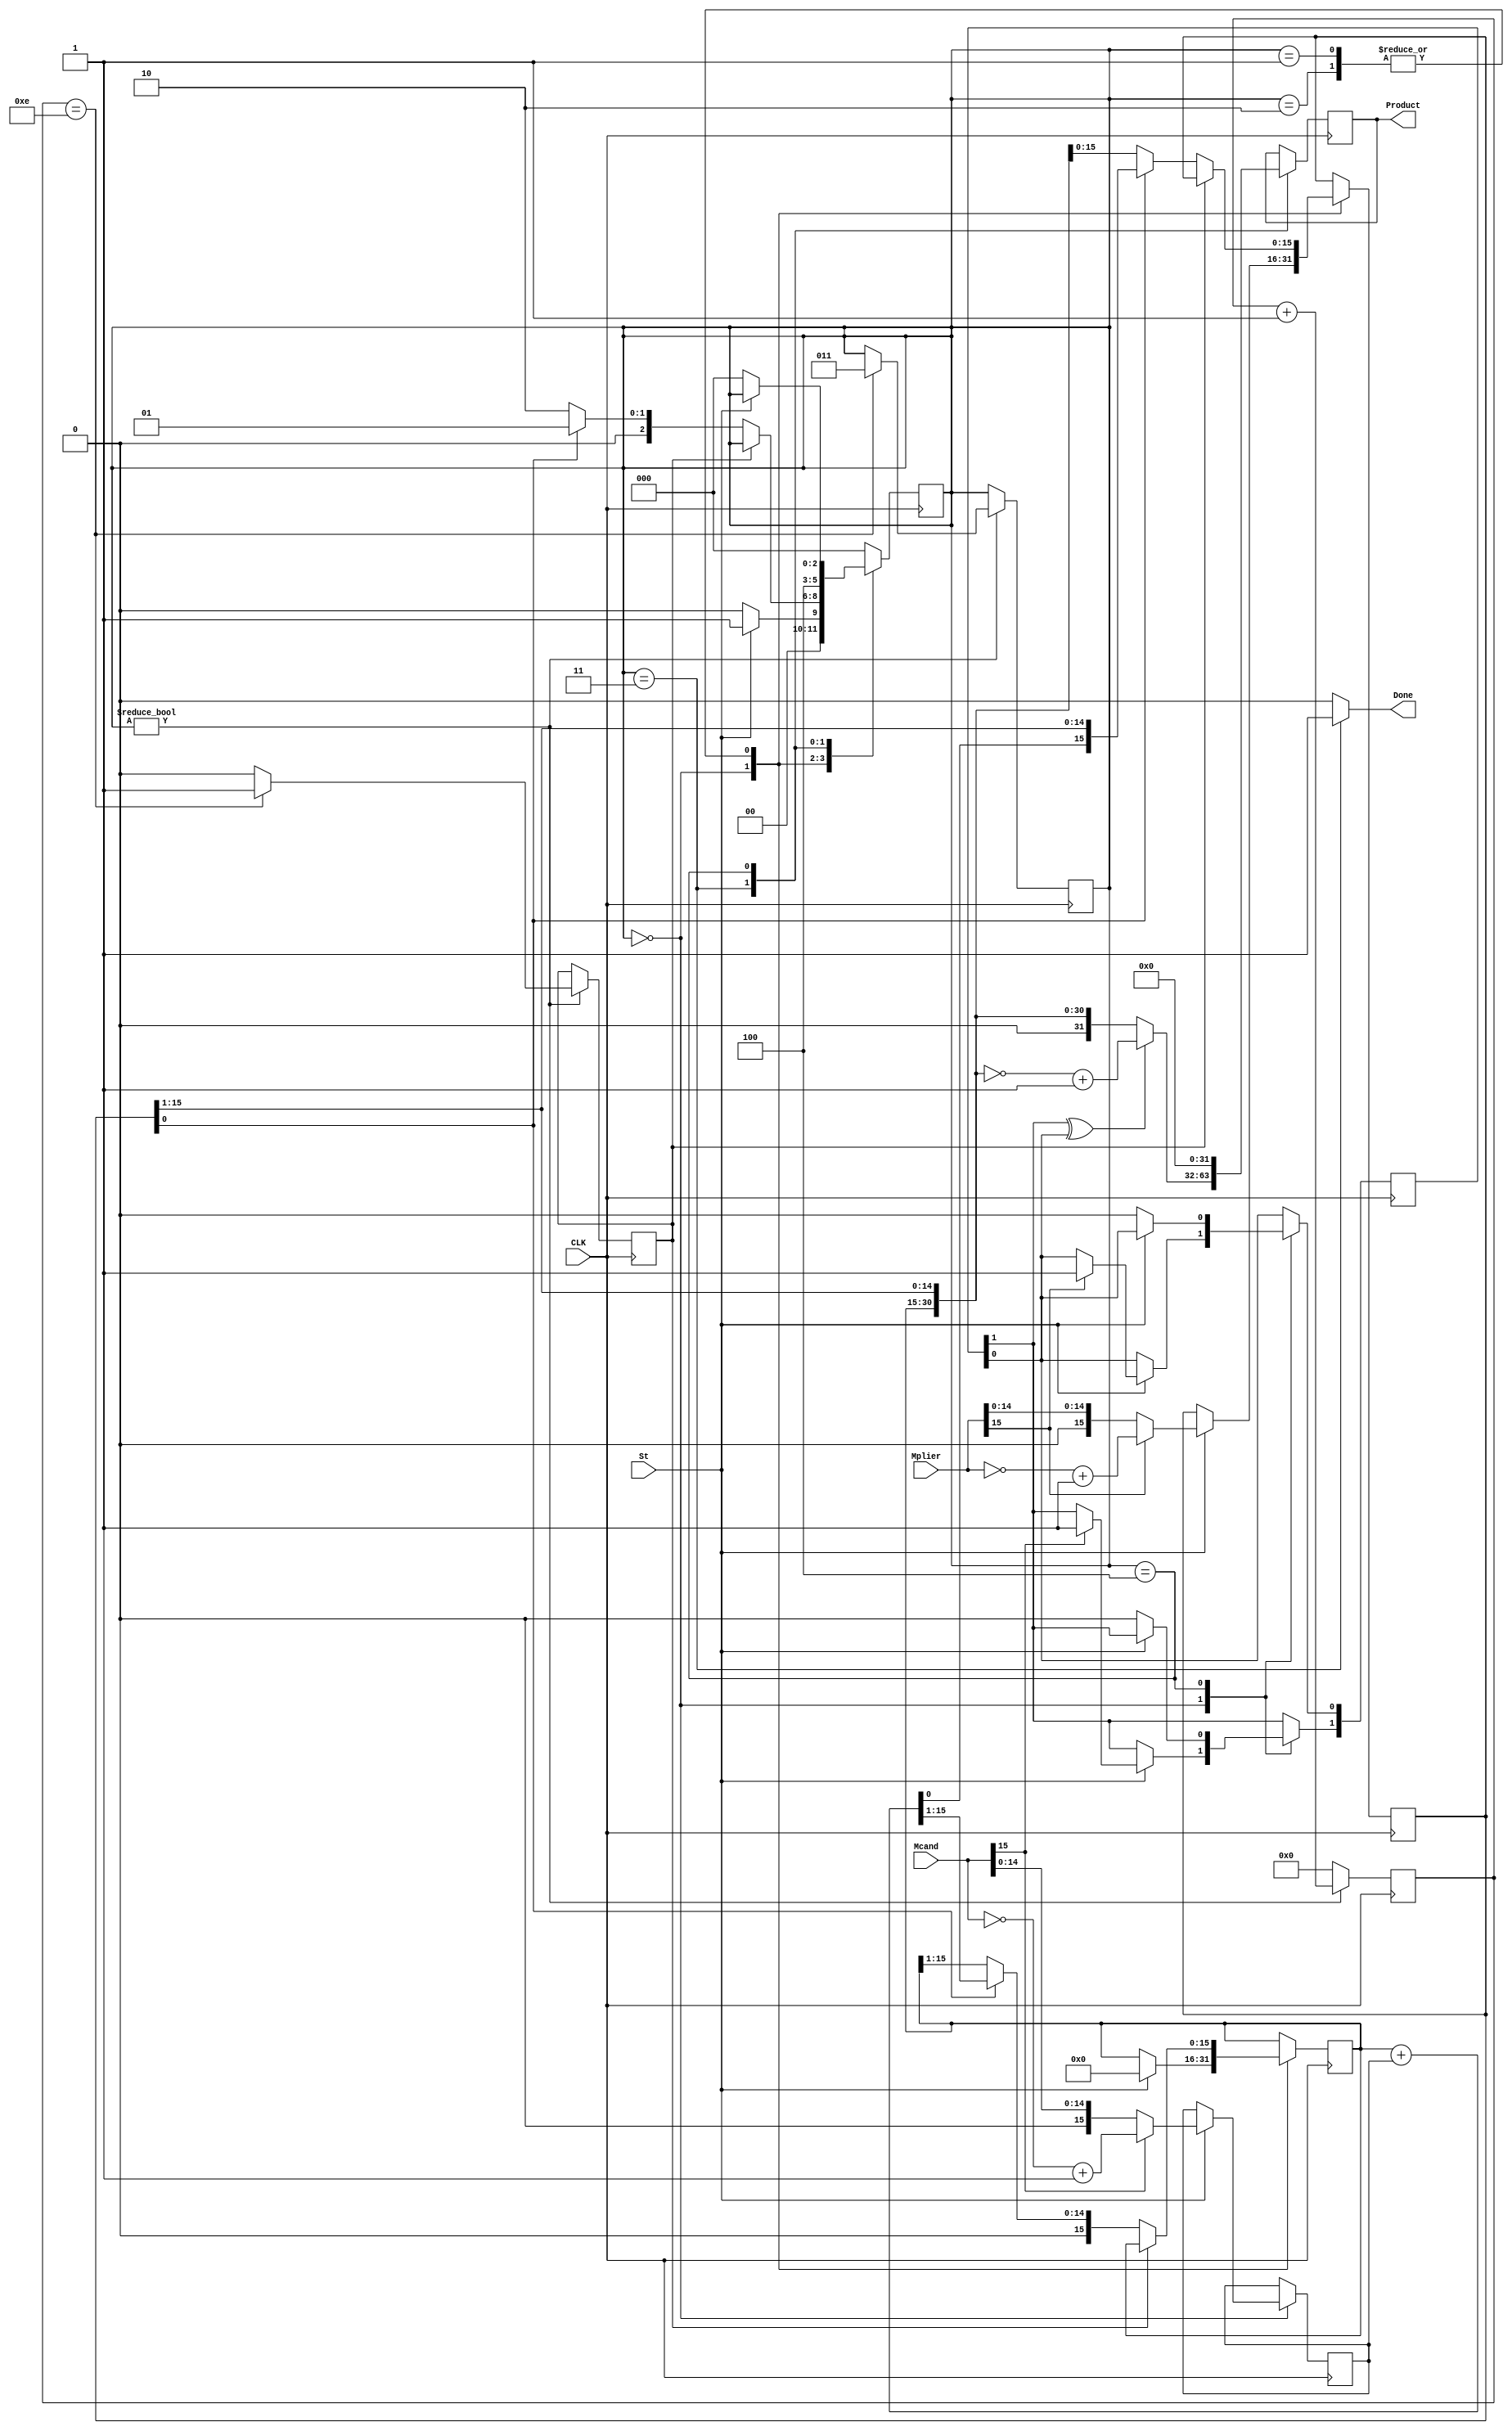
module MT2(CLK, St, Mplier, Mcand, Product, Done);
input CLK;
input St;
input [15:0] Mplier;
input [15:0] Mcand;
output reg [31:0] Product;
output Done;

reg [2:0] State;
reg [15:0] A;
reg [15:0] ABS_M;
reg [15:0] B;
reg [15:0] addout;
reg [1:0] sign;

reg [3:0] Count;
reg K;

	initial
	begin
		 State=0;
		 A = 0;
		 ABS_M = 0;
		 B = 0;
		 addout = 0;
		 sign=0;
		 K=0;
	end

	always @ (posedge CLK)
	begin
		 case(State)
		 0:
                begin 
                
                    if(St == 1'b1)
                    begin
                            //Mplier is Minus
                            if(Mplier[15]) 
                            begin
                                B <= (~Mplier)+1'b1; //2's Complement
                                sign[0] <= 1; //Mplier is Minus
                            end
                            else
                            begin
                                B <= Mplier;
                            end

                            //Mcand is Minus
                            if(Mcand[15])
                            begin
                                ABS_M <= (~Mcand)+1'b1; //2's Comlement
                                sign[1] <= 1; //Mcand is Minus 
                            end
                            else
                            begin
                                ABS_M <= Mcand;
                            end
                            A <= 16'h0000;
                            State <= 1;
                    end

			        else
					begin
					     State <= 0;
                    end
                end //End of State 0
		 1, 2: 
					begin

						 if(!K)
						 begin
							  //Shift and Add
							  if(B[0] == 1'b1)
							  begin
									addout = A + ABS_M; //Absolute Multiplicnad added
									A <= {1'b0, addout[15:1]}; //Zero Padded
									B <= {addout[0], B[15:1]}; //Shifted
									State <= 1;
							  end
							  //Just Shift
							  else
							  begin
									A <= {1'b0, A[15:1]}; //Zero Padded
									B <= {A[0], B[15:1]}; //Shifted
									State <= 2;
							  end
						 end
                    end
         3:
                     //Complete
			         begin
                         //Two Signs are Different
                         if(sign[1]^sign[0]) 
                         begin
                             Product <= ~{0, A, B[15:1]}+1; //2's Complement
                         end
                         //Two Signs are Same
                         else 
                         begin
                             Product <= {0, A, B[15:1]}; //B[0] Bit is for Sign. So it isn't useful
                         end 
                         State <= 4;
					 end
         4:
                     begin
                         Product <= 32'h0000_0000;
                         if(!St)
								 begin
									sign <= 0;
									State <= 0;
								end
                     end
					
		default:
					begin
						State <= 0;
					end
		 endcase
	 end
 
    //Counter
    always @ (posedge CLK)
    begin
			if(State)
			begin
			  if(Count==4'b1110)
              begin
					K <= 1;
               State <= 3;
              end
			  else
					K <= 0;
			  Count <= Count +1;
		  end
		  else
			  Count <= 0;
    end
    
    assign Done = (State == 3) ? 1'b1 : 1'b0;
endmodule